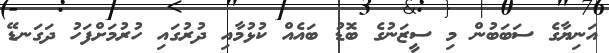
އަނިޔާގެ ސަބަބުން މި ސީޒަނުގެ ބޮޑު ބައެއް ކުޅުމާއި ދުރުގައި ހުރުމަށްފަހު ދަގަނޑޭ